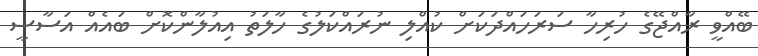
ބޭއްވީ ރާއްޖޭގެ ހުރިހާ ސަރަހައްދަކަށް ކުއްލި ނުރައްކަލުގެ ހާލަތު އިއުލާންކޮށް ބައެއް އަސާސީ